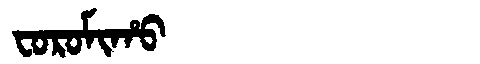
Manchu: ᠸᠣᡵᠣᠮᡳᡥᠣ
Romanization: FOROMIHO